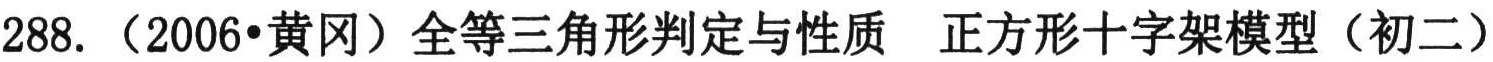
288. （2006•黄冈）全等三角形判定与性质  正方形十字架模型（初二）